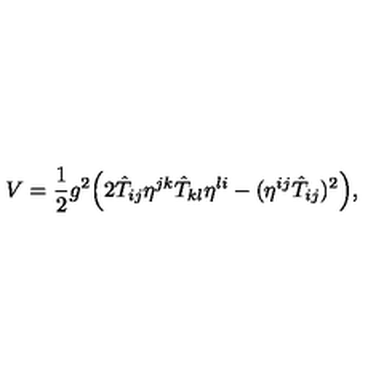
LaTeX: V = \frac { 1 } { 2 } g ^ { 2 } \Bigr ( 2 \hat { T } _ { i j } \eta ^ { j k } \hat { T } _ { k l } \eta ^ { l i } - ( \eta ^ { i j } \hat { T } _ { i j } ) ^ { 2 } \Bigr ) ,